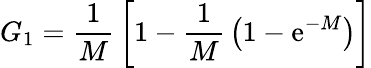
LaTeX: G_{1}={\frac{1}{M}}\left[1-{\frac{1}{M}}\left(1-\mathrm{e}^{-M}\right)\right]